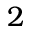
2